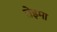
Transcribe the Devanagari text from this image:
तेइमा